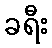
ခရီး